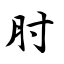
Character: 肘